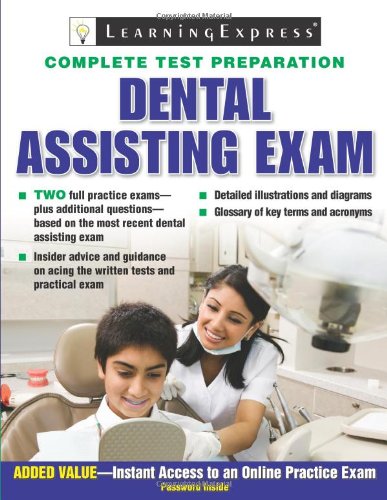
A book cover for Dental Assisting Exam; LearningExpress LLC Editors; Medical Books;